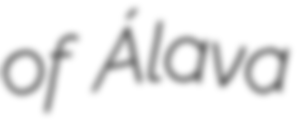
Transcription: of Álava